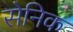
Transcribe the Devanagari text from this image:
सेनिक